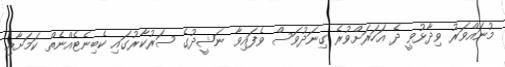
މުނައްވަރު ވިދާޅުވީ ދެ އަހަރަށްވުރެ ގިނަދުވަސް ވެފައިވާ ނަޝީދުގެ ސަރުކާރުގައި ކެބިނެޓެއްނެތް ކަމަށާއި